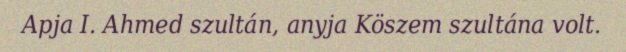
Apja I. Ahmed szultán, anyja Köszem szultána volt.